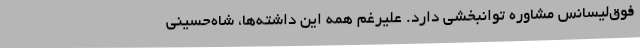
فوق‌لیسانس مشاوره توانبخشی دارد. علیرغم همه این داشته‌ها، شاه‌حسینی